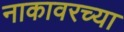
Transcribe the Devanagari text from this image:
नाकावरच्या